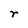
Character: r